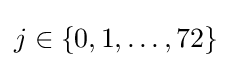
j\in \{0,1,\ldots ,72\}